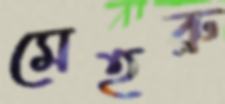
মেহরু